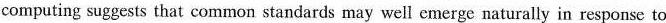
computing suggests that common standards may well cmerge naturally in response to